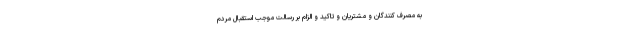
به مصرف کنندگان و مشتریان و تاکید و الزام بر رسالت موجب استقبال مردم